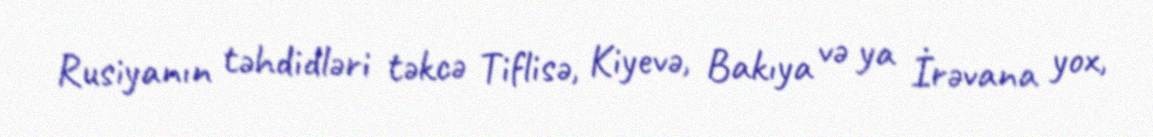
Rusiyanın təhdidləri təkcə Tiflisə, Kiyevə, Bakıya və ya İrəvana yox,